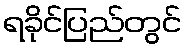
ရခိုင်ပြည်တွင်